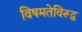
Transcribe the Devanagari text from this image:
विषमतेविरूद्ध